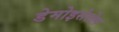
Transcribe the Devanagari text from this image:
डेमोइसेलेस